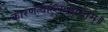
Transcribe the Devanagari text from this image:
कारणत्वाल्लणीरितम्॥